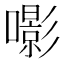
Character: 𡂵